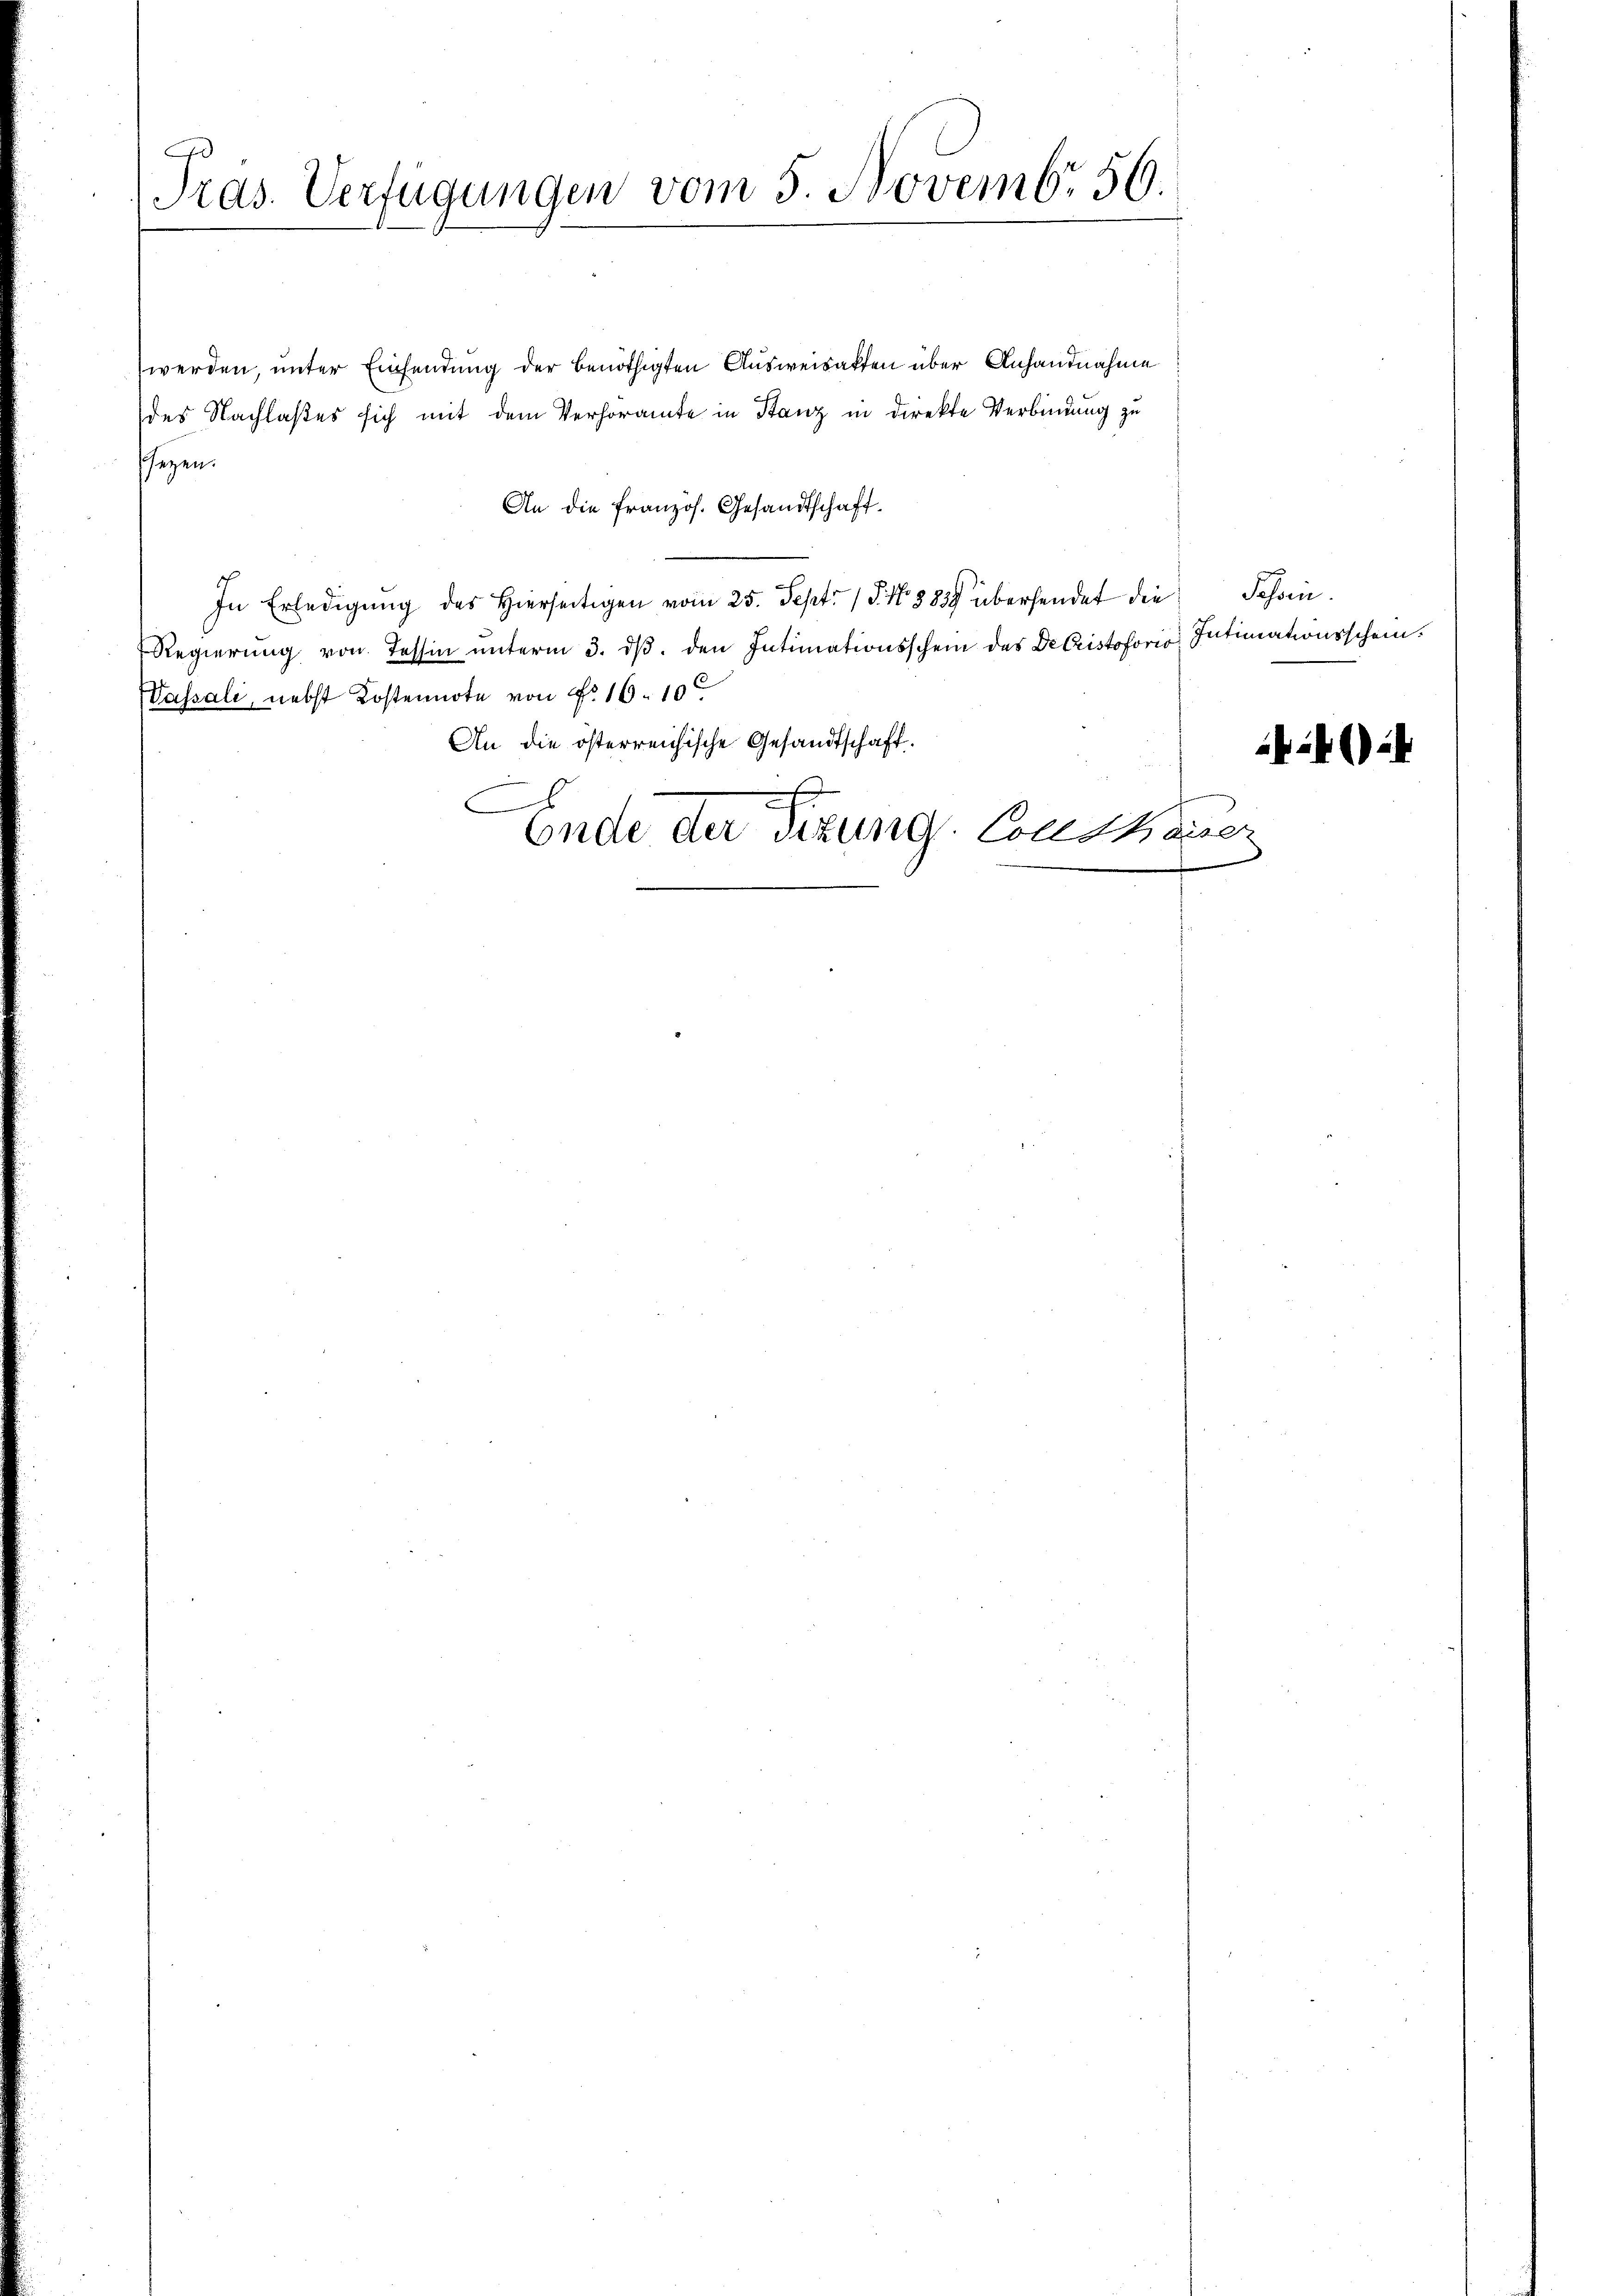
Präs. Verfügungen vom 5. Novembr 56.

werden, unter Einsendung der benöthigten Ausweisatten über Anhandnahme
des Nachlaßes sich mit dem Verhöramte in Stanz in direkte Verbindung zu
ssezen.
An die französ. Gesandtschaft.
In Erledigung des Hierseitigen vom 25. Sept. 15. No 8838 übersendet die
Regierŭng von Tessin ŭnterm 3. dβ. den Intimationsschein des Dekristoforio Intimationsschein.
Passali, nebst Kostennote von No 16. 10
An die österreichische Gesandtschaft.
Ende der Tizung. Conschauer

Jahren.

i)